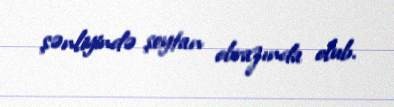
şənliyində şeytan obrazında olub.